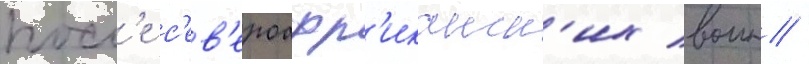
посл'е с'ев'ероафр'иканск'их воин /